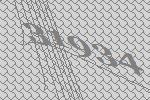
31934